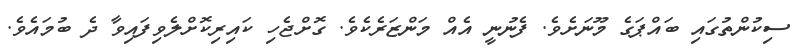
ސިކުންތުގައި ބައްޕަގެ މޫނަށެވެ. ފެނުނީ އެއް މަންޒަރެކެވެ. ގޮށްޖެހި ކައިރިކޮށްލެވިފައިވާ ދެ ބުމައެވެ.